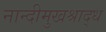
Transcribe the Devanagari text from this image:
नान्दीमुखश्राद्ध